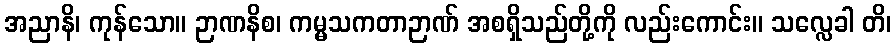
အညာနိ၊ ကုန်သော။ ဉာဏနိစ၊ ကမ္မသကတာဉာဏ် အစရှိသည်တို့ကို လည်းကောင်း။ သလ္လေခါ တိ၊